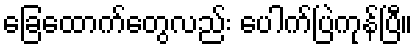
ခြေထောက်တွေလည်း ပေါက်ပြဲကုန်ပြီ။